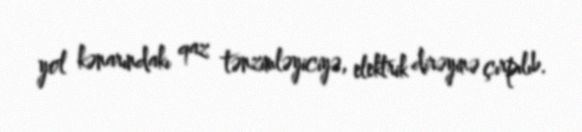
yol kənarındakı qaz tənzimləyiciyə, elektrik dirəyinə çırpılıb.